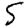
Digit: 5